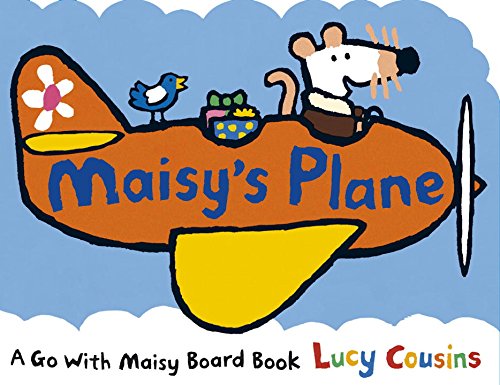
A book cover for Maisy's Plane; Lucy Cousins; Children's Books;